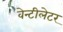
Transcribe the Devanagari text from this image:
वेन्टीलेटर